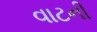
વાટની